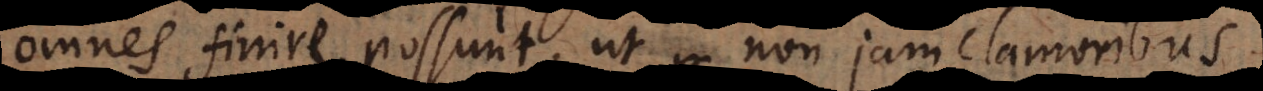
omnes finire possunt, ut non jam clamoribus